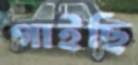
গাইছি